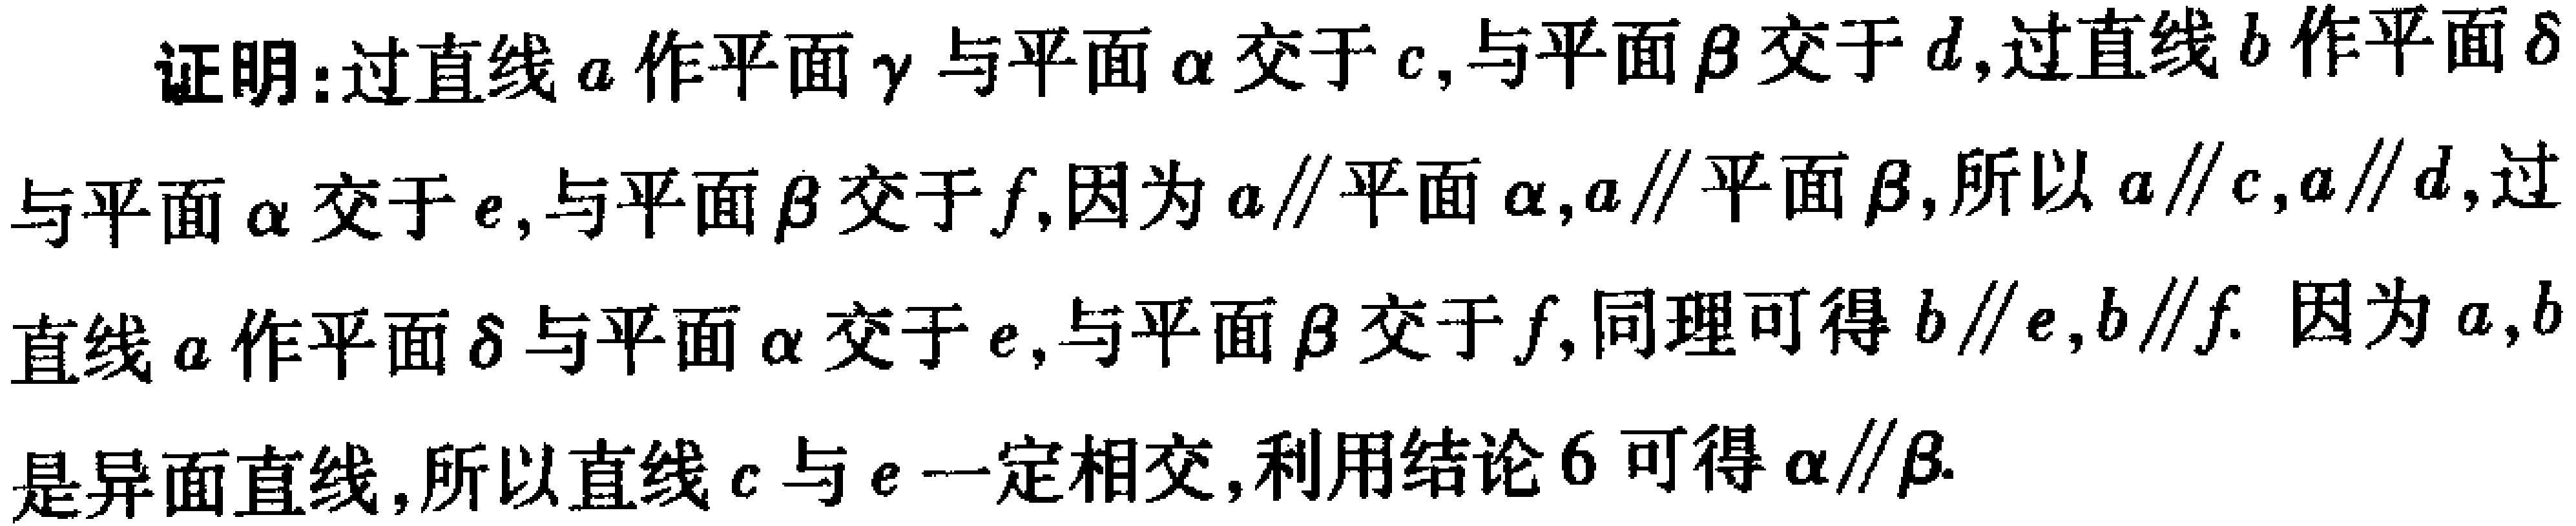
证明：过直线\(a\)作平面\(\gamma\)与平面\(\alpha\)交于\(c\)，与平面\(\beta\)交于\(d\)，过直线\(b\)作平面\(\delta\)与平面\(\alpha\)交于\(e\)，与平面\(\beta\)交于\(f\)，因为\(a\parallel\)平面\(\alpha\)，\(a\parallel\)平面\(\beta\)，所以\(a\parallel c\)，\(a\parallel d\)，过直线\(a\)作平面\(\delta\)与平面\(\alpha\)交于\(e\)，与平面\(\beta\)交于\(f\)，同理可得\(b\parallel e\)，\(b\parallel f\). 因为\(a,b\)是异面直线，所以直线\(c\)与\(e\)一定相交，利用结论\(6\)可得\(\alpha\parallel\beta\).